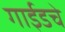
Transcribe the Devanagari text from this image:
गाईडचे